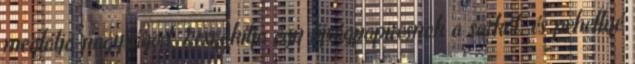
meglátja nagyságod. Leszakítja egy újságpapirosnak a sarkát, és pehellyé